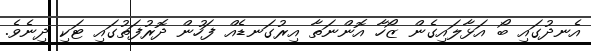
އެނދުގައި ބޯ އަޅާލައިގެން ޒޯހާ އޮންނަތާ އިރުގަނޑެއް ފަހުން ދޮރުފަތުގައި ޓަކި ދިނެވެ.